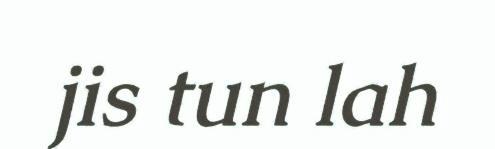
jis tun lah